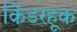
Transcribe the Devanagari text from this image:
किंडरहूक